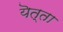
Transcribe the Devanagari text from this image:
यॆत्ता